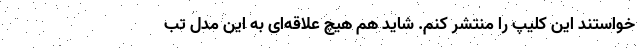
خواستند این کلیپ را منتشر کنم. شاید هم هیچ علاقه‌ای به این مدل تب